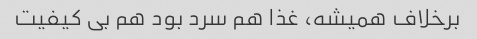
برخلاف همیشه، غذا هم سرد بود هم بی کیفیت